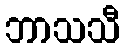
ဘာသသီ